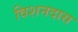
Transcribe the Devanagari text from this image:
विशनदास